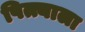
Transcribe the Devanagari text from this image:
पित्त्याला